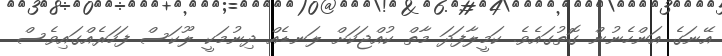
އޭނަގެ އަންހެނުން ގޮތުގައެވެ. ކަމީލާފަދަ މާތް ކުއްޖަކަށް ލަނޑެއް ދިނުމަކީ ލޫކަސް ފަހަރެއްގައިވެސް